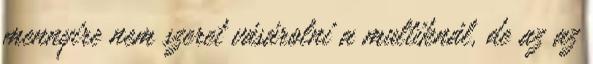
mennyire nem szeret vásárolni a multiknál, de az az